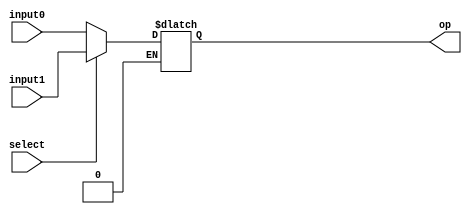
module MUX_2x1(input0,input1,select,op);



input [2:0] input0;
input [2:0] input1;


input select;

output [2:0] op;
reg [2:0] op;

always @(*)
begin

	if(select==0)
	begin
		op[2:0]=input0[2:0];
	end

	if(select==1)
	begin
		op[2:0]=input1[2:0];
	end

	



end
endmodule